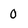
Character: 0